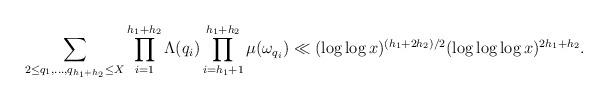
LaTeX: \begin{align*}\sum_{2\le q_1, \ldots, q_{h_1 + h_2} \leq X} \prod_{i = 1}^{h_1 + h_2} \Lambda(q_i) \prod_{i = h_1 + 1}^{h_1 + h_2} \mu(\omega_{q_i}) \ll (\log\log x)^{(h_1 + 2h_2)/2}(\log\log\log x)^{2h_1 + h_2}.\end{align*}